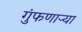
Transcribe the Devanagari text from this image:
गुंफणार्‍या